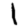
Digit: 1